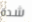
شدة